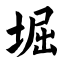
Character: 堀